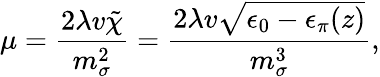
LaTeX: \mu={\frac{2\lambda v\tilde{\chi}}{m_{\sigma}^{2}}}={\frac{2\lambda v\sqrt{\epsilon_{0}-\epsilon_{\pi}(z)}}{m_{\sigma}^{3}}},